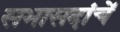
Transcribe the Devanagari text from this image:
सभासदांचें